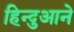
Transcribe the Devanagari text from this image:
हिन्दुआने